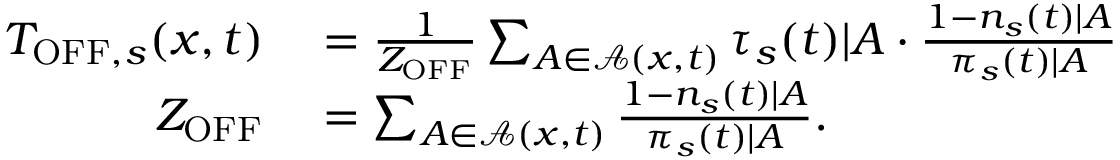
\begin{array} { r l } { T _ { \mathrm { O F F } , s } ( x , t ) } & { { } = \frac { 1 } { Z _ { \mathrm { O F F } } } \sum _ { A \in \mathcal { A } ( x , t ) } \tau _ { s } ( t ) | A \cdot \frac { 1 - n _ { s } ( t ) | A } { \pi _ { s } ( t ) | A } } \\ { Z _ { \mathrm { O F F } } } & { { } = \sum _ { A \in \mathcal { A } ( x , t ) } \frac { 1 - n _ { s } ( t ) | A } { \pi _ { s } ( t ) | A } . } \end{array}